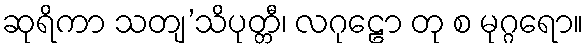
ဆုရိကာ သတျ’သိပုတ္တီ၊ လဂုဠော တု စ မုဂ္ဂရော။